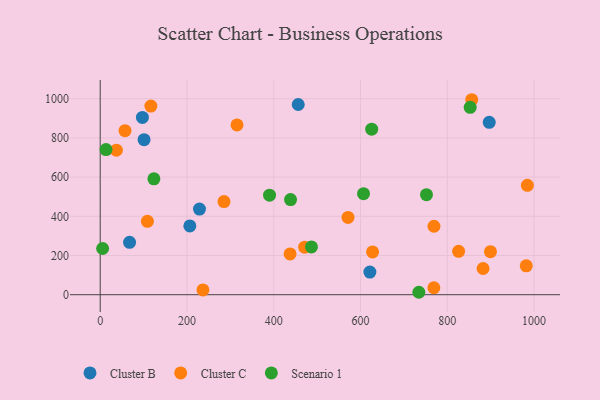
{"axis": {"x": "Investment", "y": "Sales"}, "legend": ["Cluster B", "Cluster C", "Scenario 1"], "data": [{"x": "456.4", "y": 970.4, "type": "Cluster B"}, {"x": "228.8", "y": 437.1, "type": "Cluster B"}, {"x": "101.1", "y": 790.7, "type": "Cluster B"}, {"x": "621.5", "y": 115.6, "type": "Cluster B"}, {"x": "206.6", "y": 350.8, "type": "Cluster B"}, {"x": "97.3", "y": 904.5, "type": "Cluster B"}, {"x": "896.6", "y": 879.3, "type": "Cluster B"}, {"x": "67.7", "y": 267.0, "type": "Cluster B"}, {"x": "315.3", "y": 866.3, "type": "Cluster C"}, {"x": "826.0", "y": 221.3, "type": "Cluster C"}, {"x": "236.8", "y": 24.2, "type": "Cluster C"}, {"x": "882.4", "y": 133.8, "type": "Cluster C"}, {"x": "37.3", "y": 737.1, "type": "Cluster C"}, {"x": "57.2", "y": 837.0, "type": "Cluster C"}, {"x": "285.3", "y": 475.0, "type": "Cluster C"}, {"x": "981.9", "y": 147.4, "type": "Cluster C"}, {"x": "627.7", "y": 218.4, "type": "Cluster C"}, {"x": "437.6", "y": 208.0, "type": "Cluster C"}, {"x": "571.1", "y": 394.0, "type": "Cluster C"}, {"x": "108.8", "y": 374.1, "type": "Cluster C"}, {"x": "471.2", "y": 242.4, "type": "Cluster C"}, {"x": "769.2", "y": 349.3, "type": "Cluster C"}, {"x": "856.3", "y": 994.7, "type": "Cluster C"}, {"x": "116.8", "y": 962.3, "type": "Cluster C"}, {"x": "899.4", "y": 219.6, "type": "Cluster C"}, {"x": "769.0", "y": 35.6, "type": "Cluster C"}, {"x": "984.5", "y": 558.2, "type": "Cluster C"}, {"x": "486.9", "y": 244.0, "type": "Scenario 1"}, {"x": "390.3", "y": 507.9, "type": "Scenario 1"}, {"x": "438.7", "y": 485.4, "type": "Scenario 1"}, {"x": "752.0", "y": 510.4, "type": "Scenario 1"}, {"x": "734.4", "y": 12.4, "type": "Scenario 1"}, {"x": "123.8", "y": 591.2, "type": "Scenario 1"}, {"x": "625.7", "y": 844.6, "type": "Scenario 1"}, {"x": "606.9", "y": 515.3, "type": "Scenario 1"}, {"x": "13.4", "y": 740.5, "type": "Scenario 1"}, {"x": "852.7", "y": 956.0, "type": "Scenario 1"}, {"x": "5.6", "y": 235.8, "type": "Scenario 1"}]}